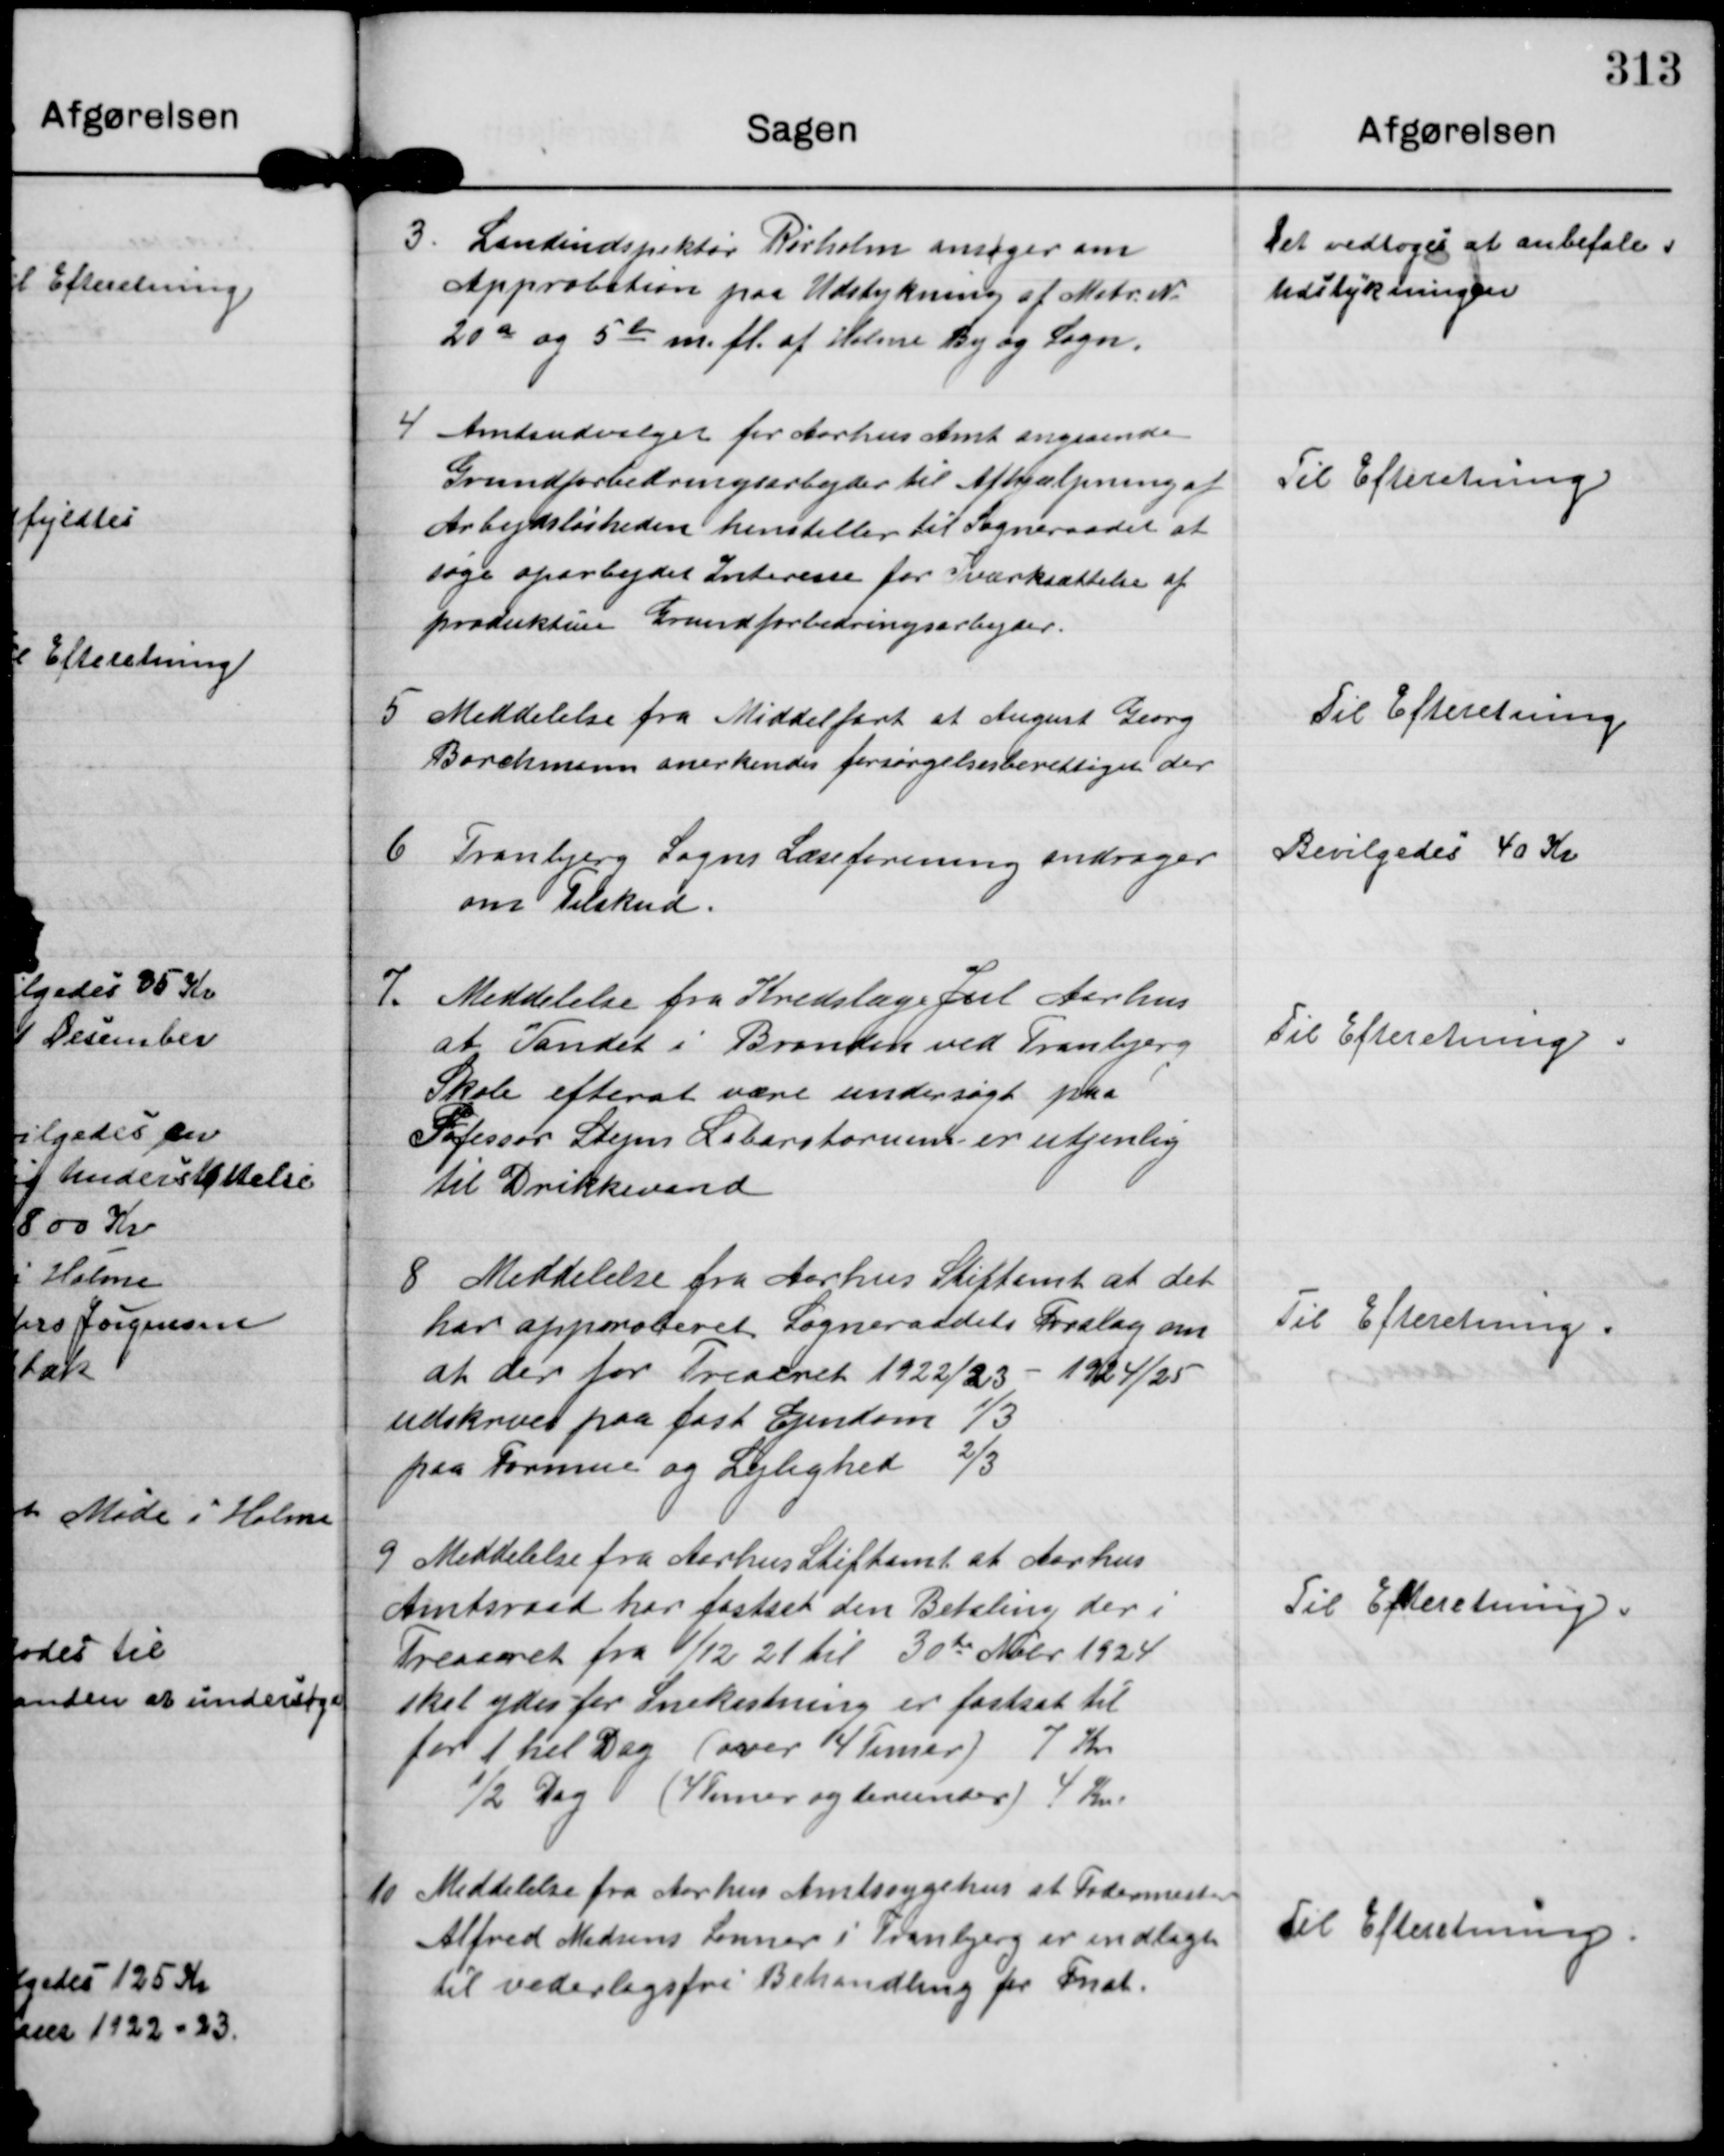
Transskription:
3. Landindspektør Risholm ansøger om
Approbation paa Udstykning af Matr. N.
20a og 56 b m.fl af Holme By og Sogn

Det vedtoges at anbefale
Udstykningen

4 Amtsudvalget for Aarhus Amt angaaende
Grundforbedringsarbejder til Afhjælpning af
Arbejdsløsheden henstiller til Sogneraadet at
søge oparbejdet Interesse for Iværksættelse af
produktive Grundforbedringsarbejder.

Til Efteretning.

5 Meddelelse fra Middelfart at August Georg
Borchmann anerkendes forsørgelsesberettiget der

Til Efteretning

6 Tranbjerg Sogns Læseforening andrager
om Tilskud.

Bevilgedes 40 Kr

7. Meddelelse fra Kredslæge Jul Aarhus
at Vandet i Brønden ved Tranbjerg
Skole efterat være undersøgt paa
Professor Stejns Laboratorium er utjenlig
til Drikkevand.

Til Efteretning.

8 Meddelelse fra Aarhus Stiftamt at det
har approberet Sogneraadets Forslag om
at der for Treaaret 1922/23 - 1924/25
udskrives paa fast Ejendom 1/3
paa Formue og Lejlighed 2/3

Til Efteretning.

9 Meddelelse fra Aarhus Stiftamt at Aarhus
Amtsraad har fastsat den Betaling der i
Tresaaret fra 1/12 21 til 30te Nvbr 1924
skal ydes for Snekastning er fastsat til
for 1 hel Dag (over 4 Timer) 7 Kr
½ Dag / 4 Timer og derunder) 4 Kr.

Til Efteretning.

10 Meddelelse fra Aarhus Amtssygehus at Fodermester
Alfred Madsens Sønner i Tranbjerg er indlagt
til vederlagsfri Behandling for Fnat.

Til Efteretning.